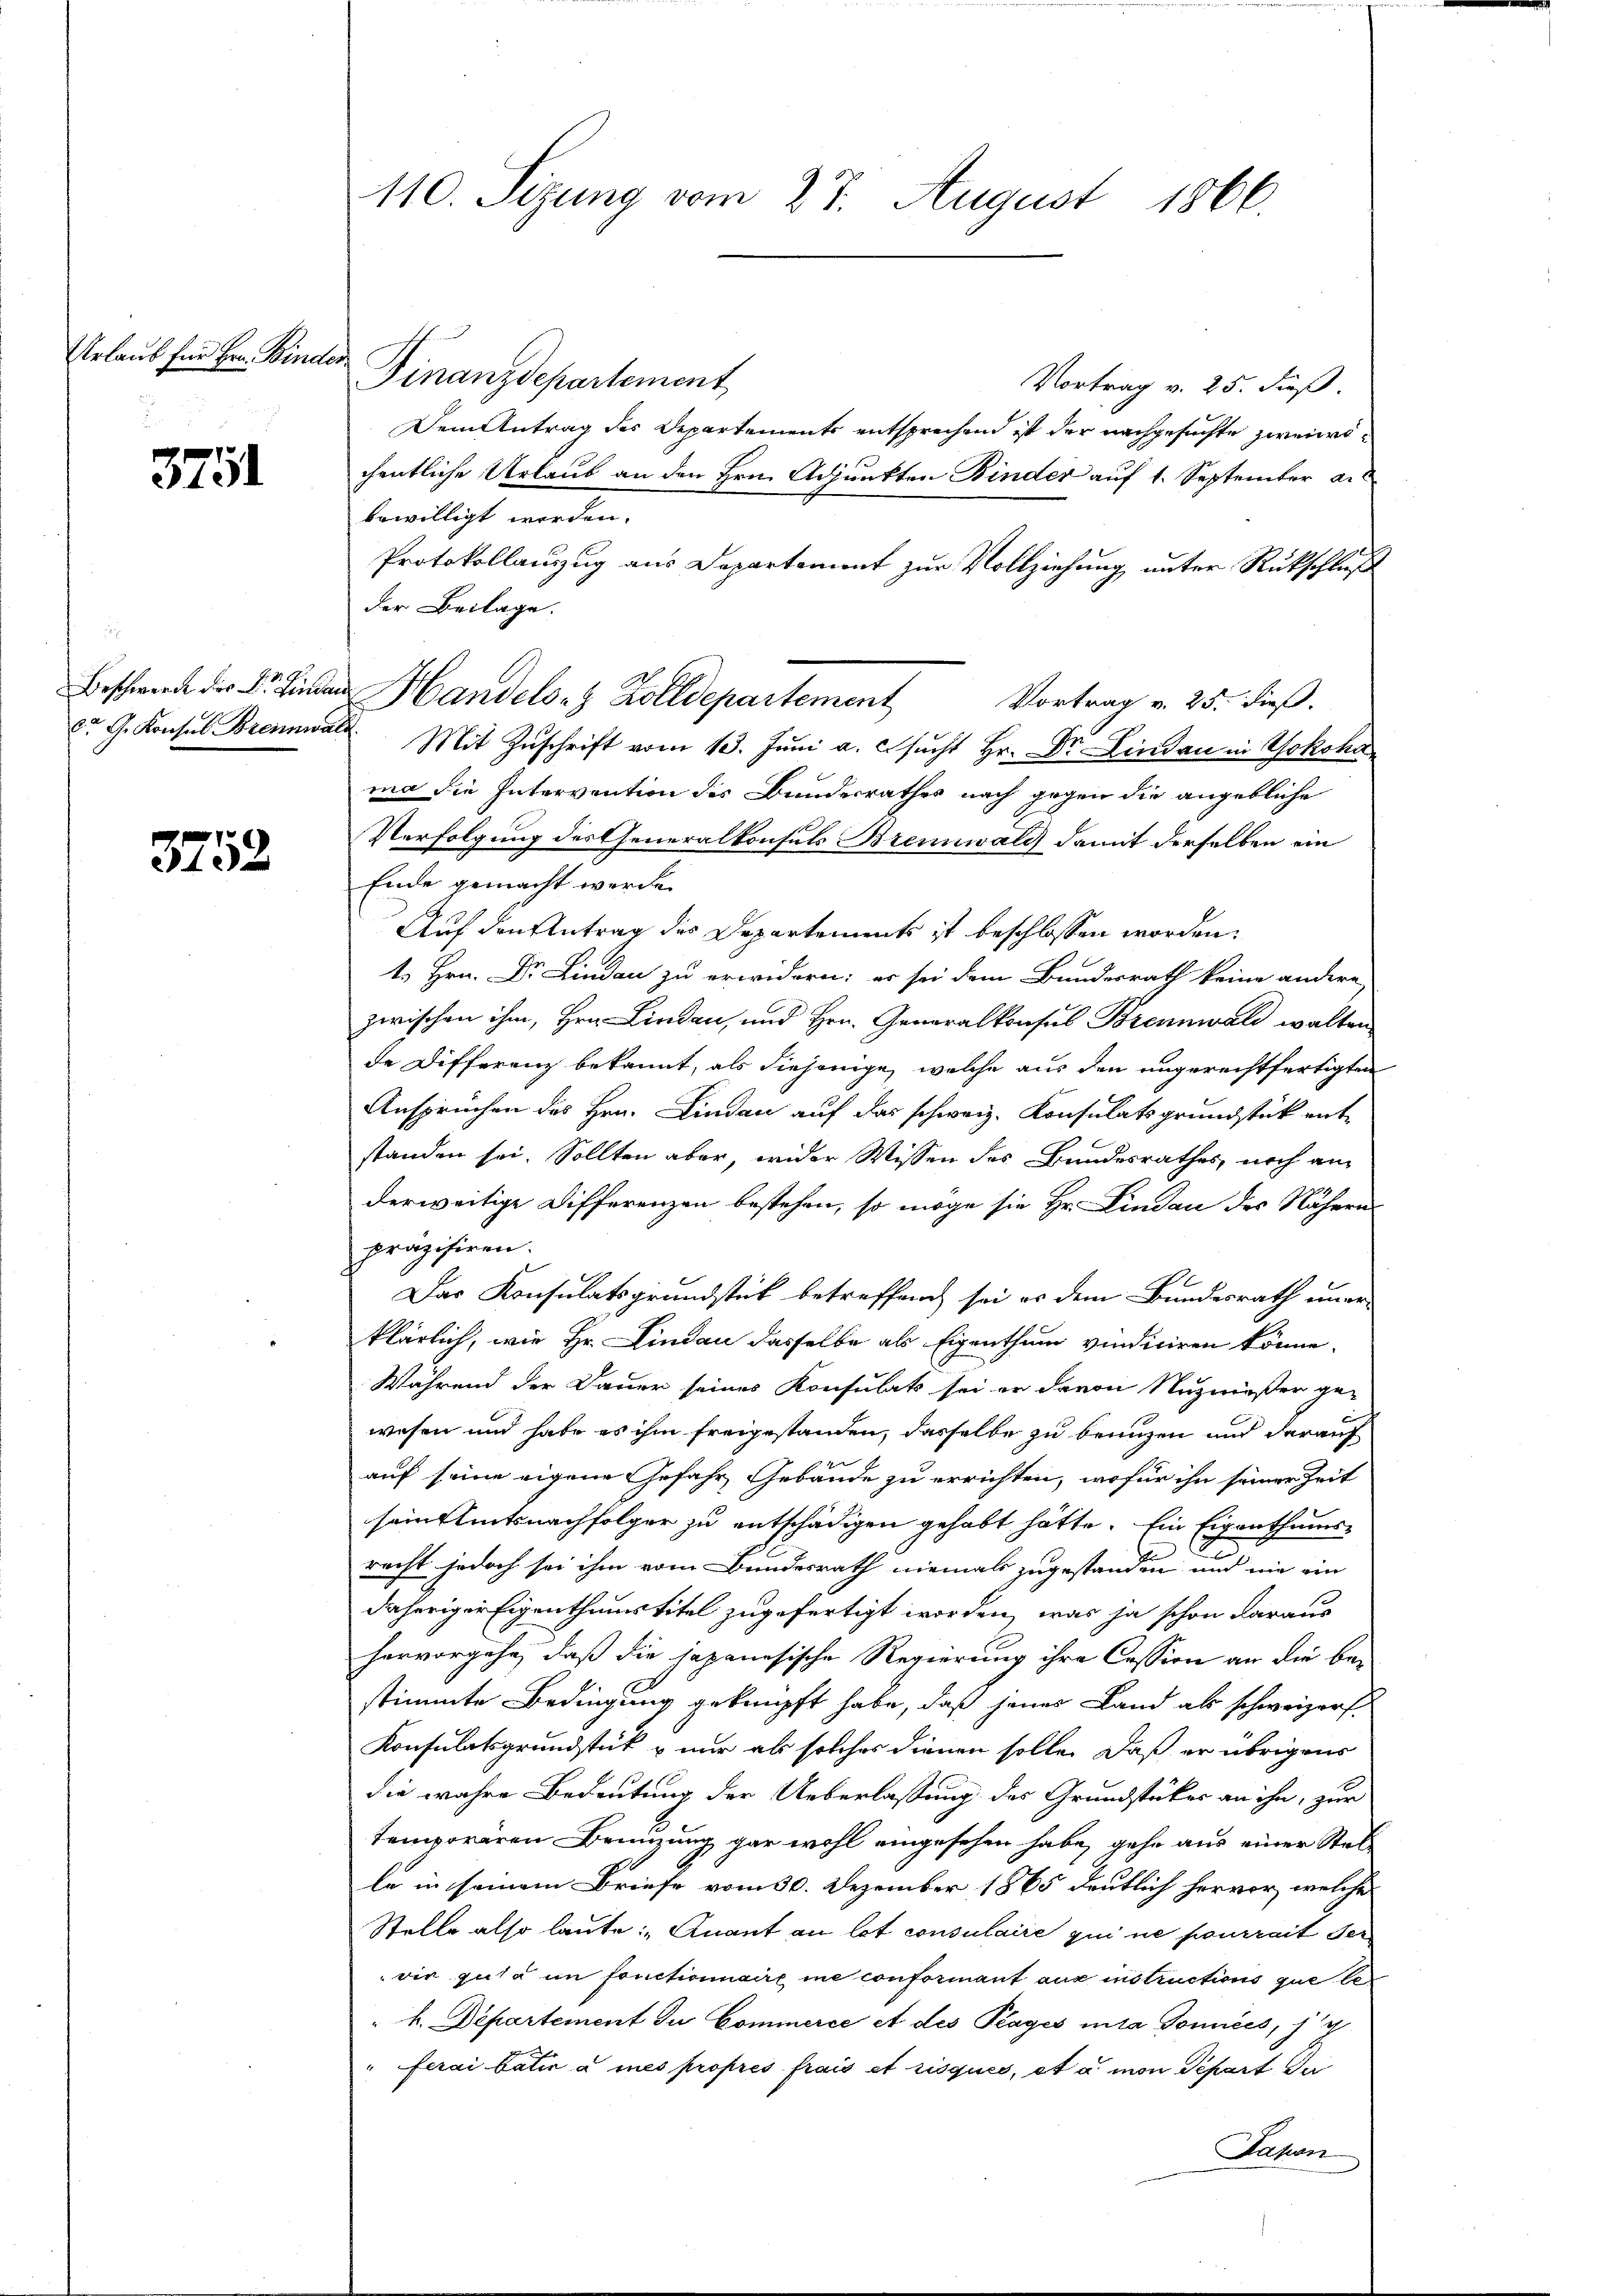
Urlaub für Hrn. Binde

3751

Beschwerde der Dr. Linda
C. G. Konsul Brennwa

3752

110. Sezung vom 27. August 1866.

Finanzdepartement
Vortrag v. 25. Fuß.
Dem Antrag des Departements entsprechend ist der nachgesuchte zweichentliche Urlaub an den Hrn. Adjunkten Binder auf 1. September a.
bewilligt werden.
Protokollauszug aus Departement zur Vollziehung unter Rückschluß
der Beilage.
Vortrag v. 25. dieß.
2. Mit Zŭschrift vom 10. Juni a. c. sucht Hr. Dr. Lindau in Yokohama die Intervention des Bundesrathes nach gegen die angebliche
Verfolgung des Generalkonsuls Brennwald damit derselben ein
Ende gemacht werde.
Auf den Antrag des Departements ist beschlossen worden.
1. Hrn. Dr. Lindau zu erwidern: er sei dem Bundesrath keine andere
zwischen ihm, Hrn. Lindau, und Hrn. Generalkonsul Brennwald walten
de Differenz bekannt, als diejenige, welche aus den ungerechtfertigten
Ansprüchen des Hrn. Lindau auf das schweiz. Konsulatsgrundstück entstanden sei. Sollten aber wider Wissen des Bundesrathes, noch am
derweitige Differenzen bestehen, so möge sie Hr. Lindau des Nähern
präzisiren.
Das Konsulatsgrundstück betreffend sei es dem Bundesrath uner-
klärlich, wie Hr. Lindau dasselbe als Eigenthum vindiciren könne.
Während der Dauer seines Konsulats sei er davon Nuzmeßen ge-
wesen und habe es ihm freigestanden, dasselbe zu benuzen und darauf
auf seine eigene Gefahr, Gebäude zu errichten, wofür ihn seiner Zeit
sein Amtsnachfolger zu entschädigen gehabt hätte. Ein Eigenthums¬
F
recht jedoch sei ihm vom Bundesrath niemals zugestanden und nie ein
daheriger Eigenthumstitel zugefertigt worden, was ja schon daraus
hervorgehe, daß die japanesische Regierung ihre Cession an die be¬
E
stimmte Bedingung geknüpft habe, daß jenes Land als schweizer¬
Konsulatsgrundstück & nur als solches dienen solle. Daß er übrigens
die wahre Bedeutung der Ueberlassung des Grundstückes an ihn, zur
temporären Beinzung gar wohl eingesehen habe, gehe aus einer Stelle in seinem Briefe vom 30. Dezember 1865 deutlich hervor, welche
Stelle also laute: Quant an lot consulaire qui ne pourrait der
wir guta in fonctionnaire ne conformant aus instructions que bez
" h. Departement du Commerce A des Plages mia Tomices, g
"ferai batie à mes propres frais et risques, et à mon Depart du
Papen

Handels- & Zolldepartement